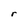
Character: r